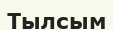
Тылсым